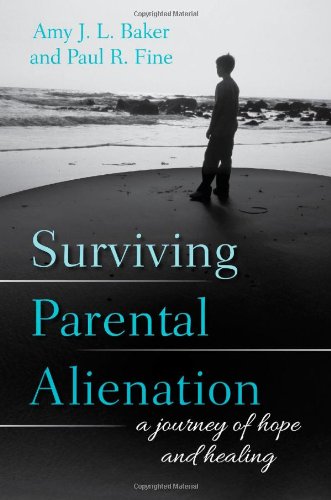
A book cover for Surviving Parental Alienation: A Journey of Hope and Healing; Amy J.L. Baker author of Surviving Parental Alienation: A Journey of Hope and Healing and Bonded to the Abuser: How Victims Make Sense of Childhood Abuse; Parenting & Relationships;